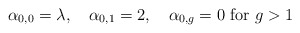
\begin{align*} \alpha_{0,0}=\lambda, \ \ \ \alpha_{0,1}= 2, \ \ \ \alpha_{0,g}=0 \ \mathrm{for} \ g>1 \end{align*}